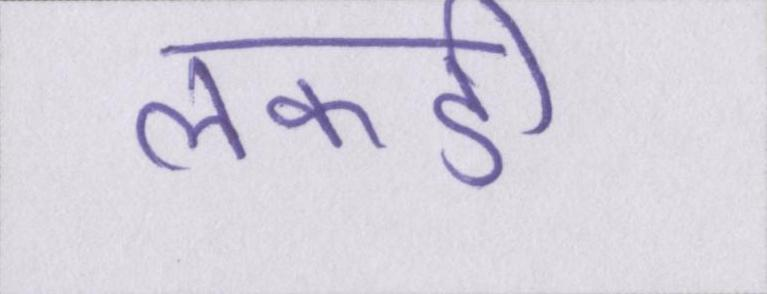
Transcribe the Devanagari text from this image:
लकडी